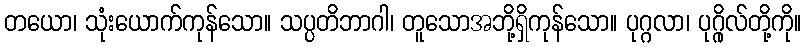
တယော၊ သုံးယောက်ကုန်သော။ သပ္ပတိဘာဂါ၊ တူသောအဘို့ရှိကုန်သော။ ပုဂ္ဂလာ၊ ပုဂ္ဂိုလ်တို့ကို။